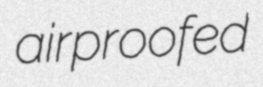
airproofed